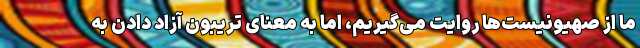
ما از صهیونیست‌ها روایت می‌گیریم، اما به معنای تریبون آزاد دادن به